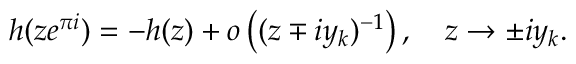
h ( z e ^ { \pi i } ) = - h ( z ) + o \left( ( z \mp i y _ { k } ) ^ { - 1 } \right) , \quad z \to \pm i y _ { k } .